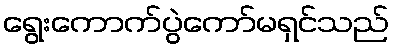
ရွေးကောက်ပွဲကော်မရှင်သည်